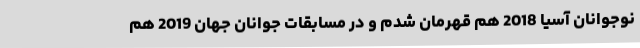
نوجوانان آسیا 2018 هم قهرمان شدم و در مسابقات جوانان جهان 2019 هم